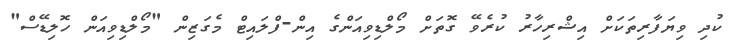
ކުދި ވިޔަފާރިތަކަށް އިޝްރިހާރު ކުރެވޭ ގޮތަށް މޯލްޑިވިއަންގެ އިން-ފްލައިޓް މެގަޒިން "މޯލްޑިވިއަން ހޮލިޑޭސް"